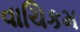
વાચિકમ